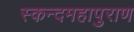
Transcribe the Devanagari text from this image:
स्कन्दमहापुराण